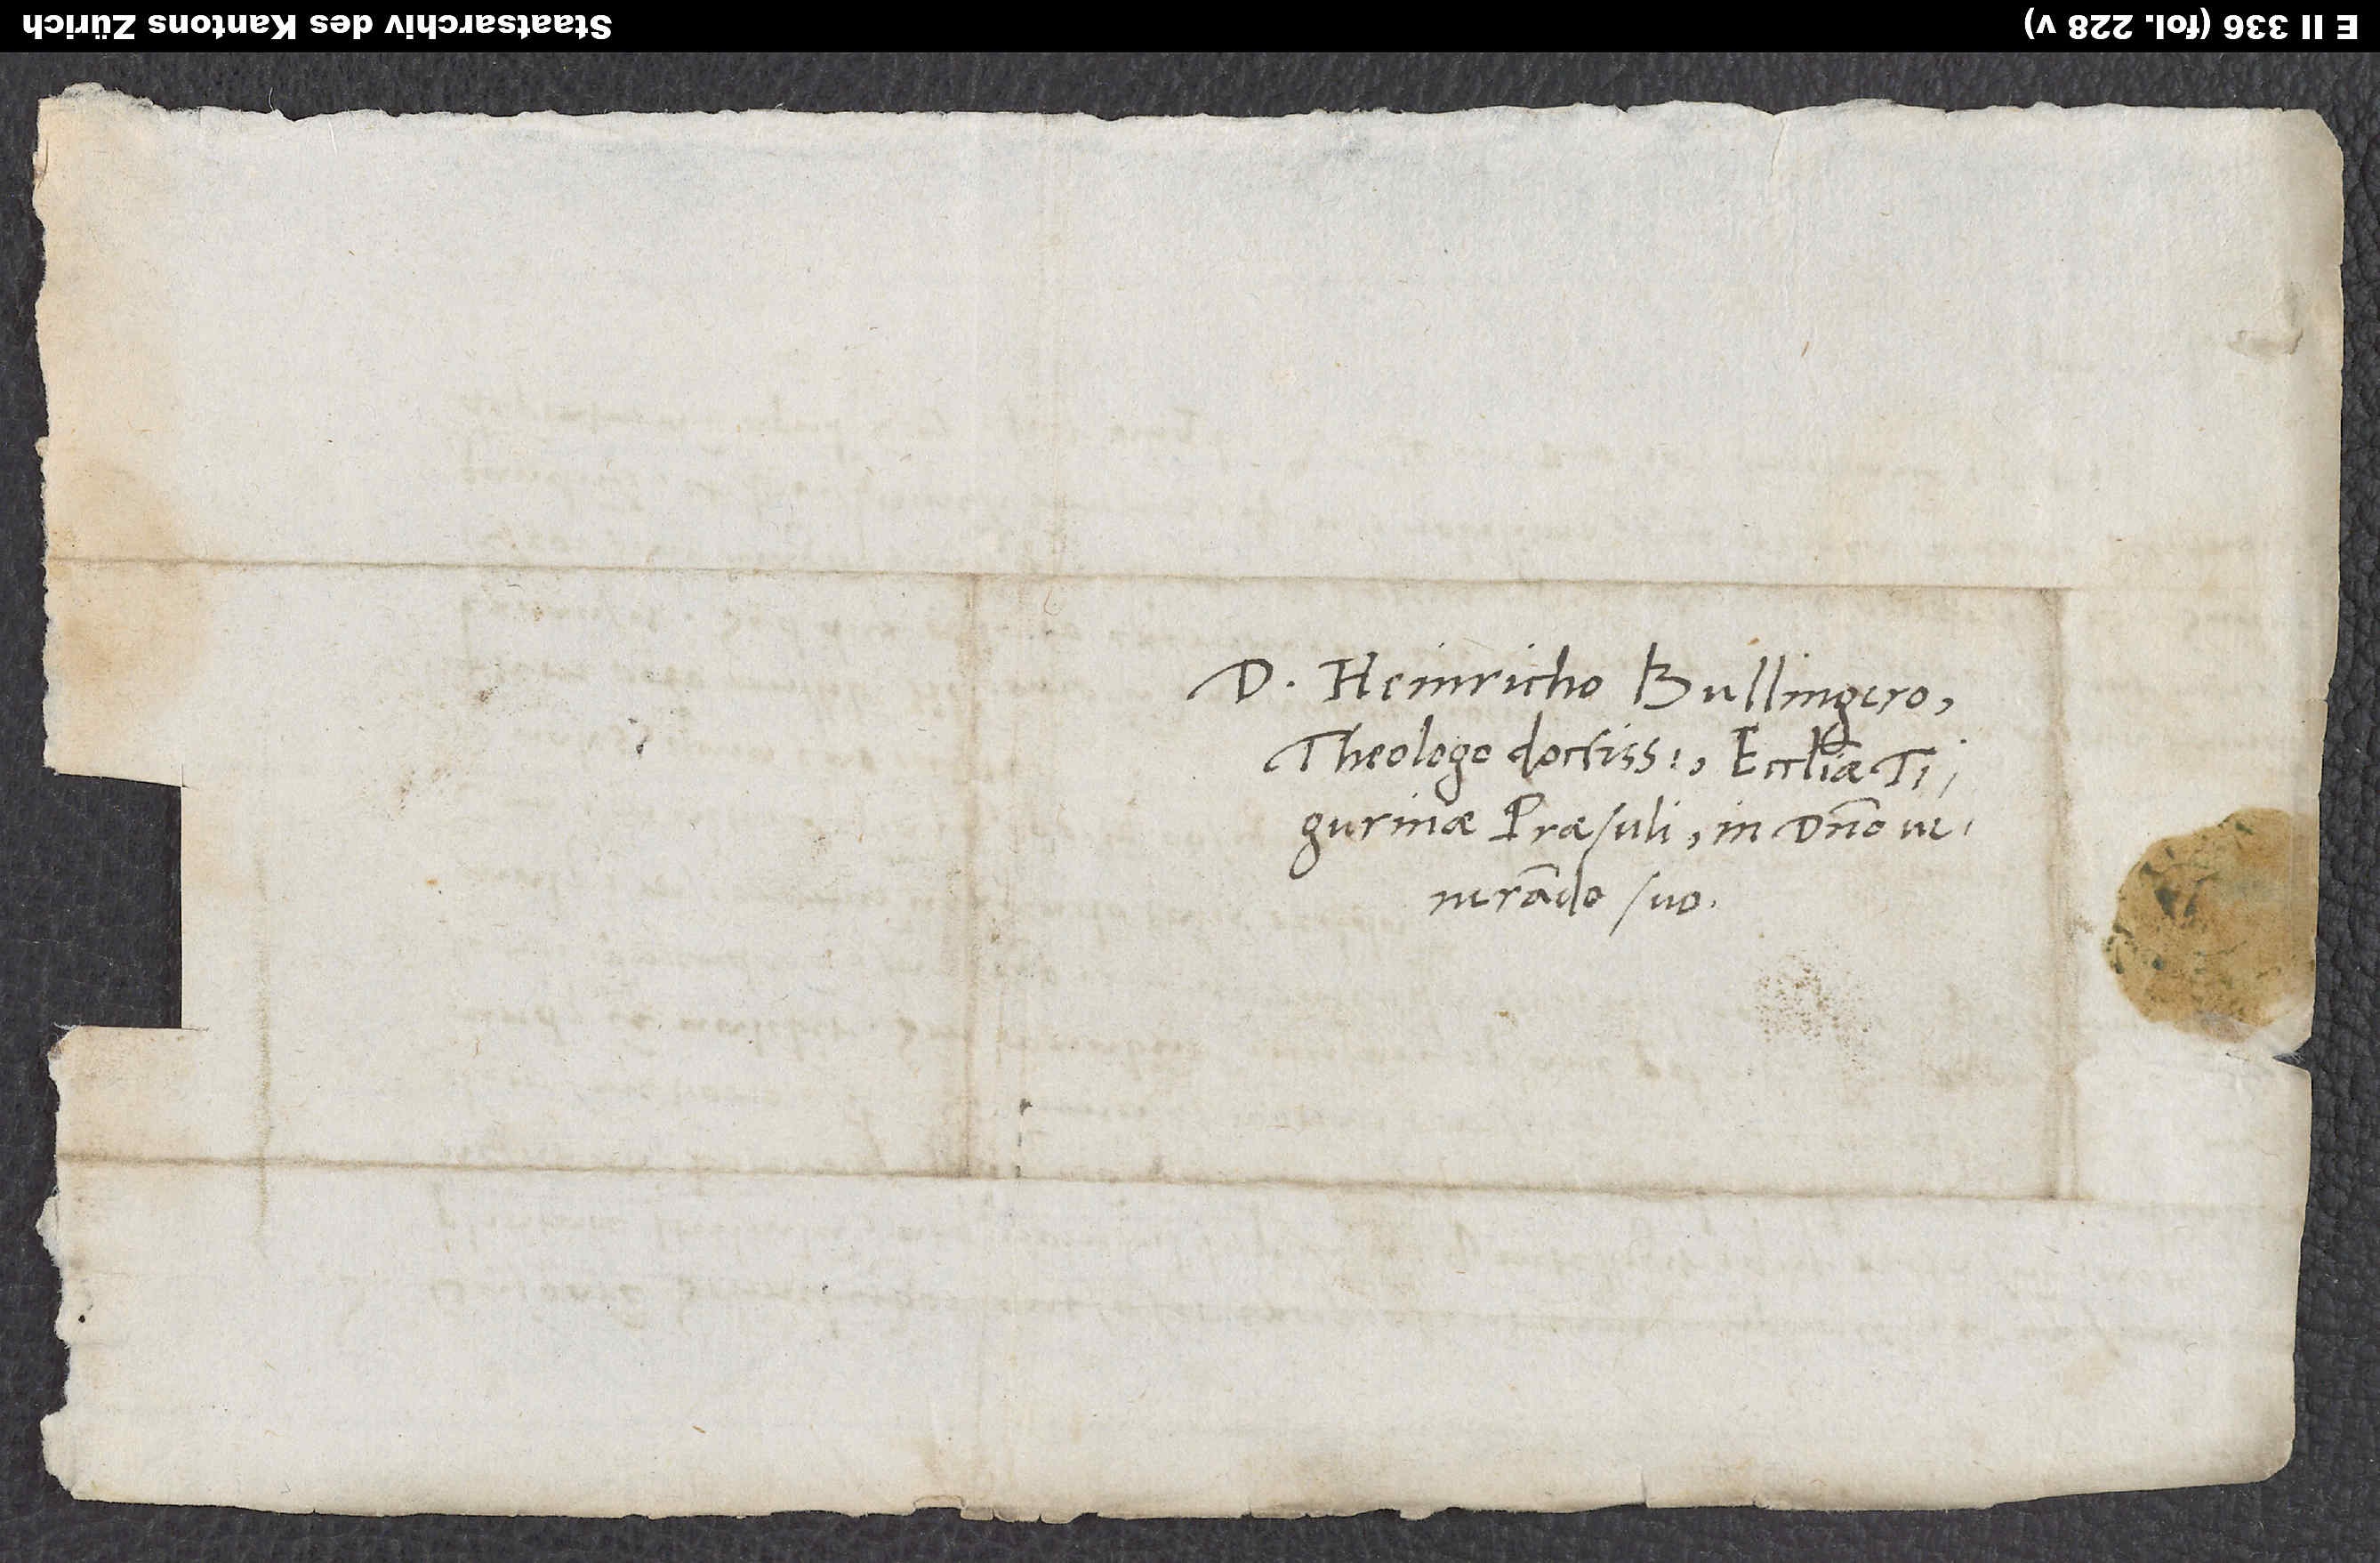
Heinricho Bullingero,
theologo doctissimo, ecclesiae
Tigurinae praesuli, in domino
venerando suo.